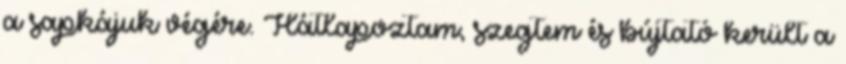
a sapkájuk végére. Hátlapoztam, szegtem és bújtató került a